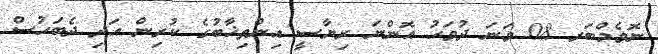
ނޮވެމްބަރ 08 ވަނަ ދުވަހު އޮންނަ ރިޔާސީ އިންތިޚާބުގެ ކުރިން އަދި ދެބަހުސް